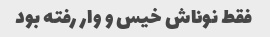
فقط نوناش خیس و وار رفته بود